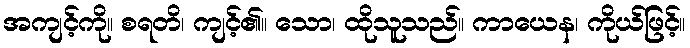
အကျင့်ကို။ စရတိ၊ ကျင့်၏။ သော၊ ထိုသူသည်။ ကာယေန၊ ကိုယ်ဖြင့်။